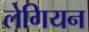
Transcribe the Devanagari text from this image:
लेगियन